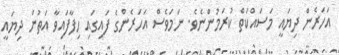
އަހަރެން ދިޔައީ މަސައްކަތް ކުރަމުންނެވެ. ނަމަވެސް އަހަރެންގެ ފައިގައި ހިފާފައިވާ އަތުން ދިޔައީ